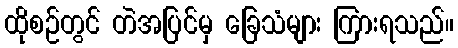
ထိုစဉ်တွင် တဲအပြင်မှ ခြေသံများ ကြားရသည်။